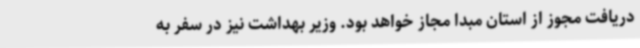
دریافت مجوز از استان مبدا مجاز خواهد بود. وزیر بهداشت نیز در سفر به